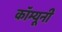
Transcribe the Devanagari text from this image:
कॉम्यूनी